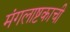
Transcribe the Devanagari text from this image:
मंगलाष्टकाची